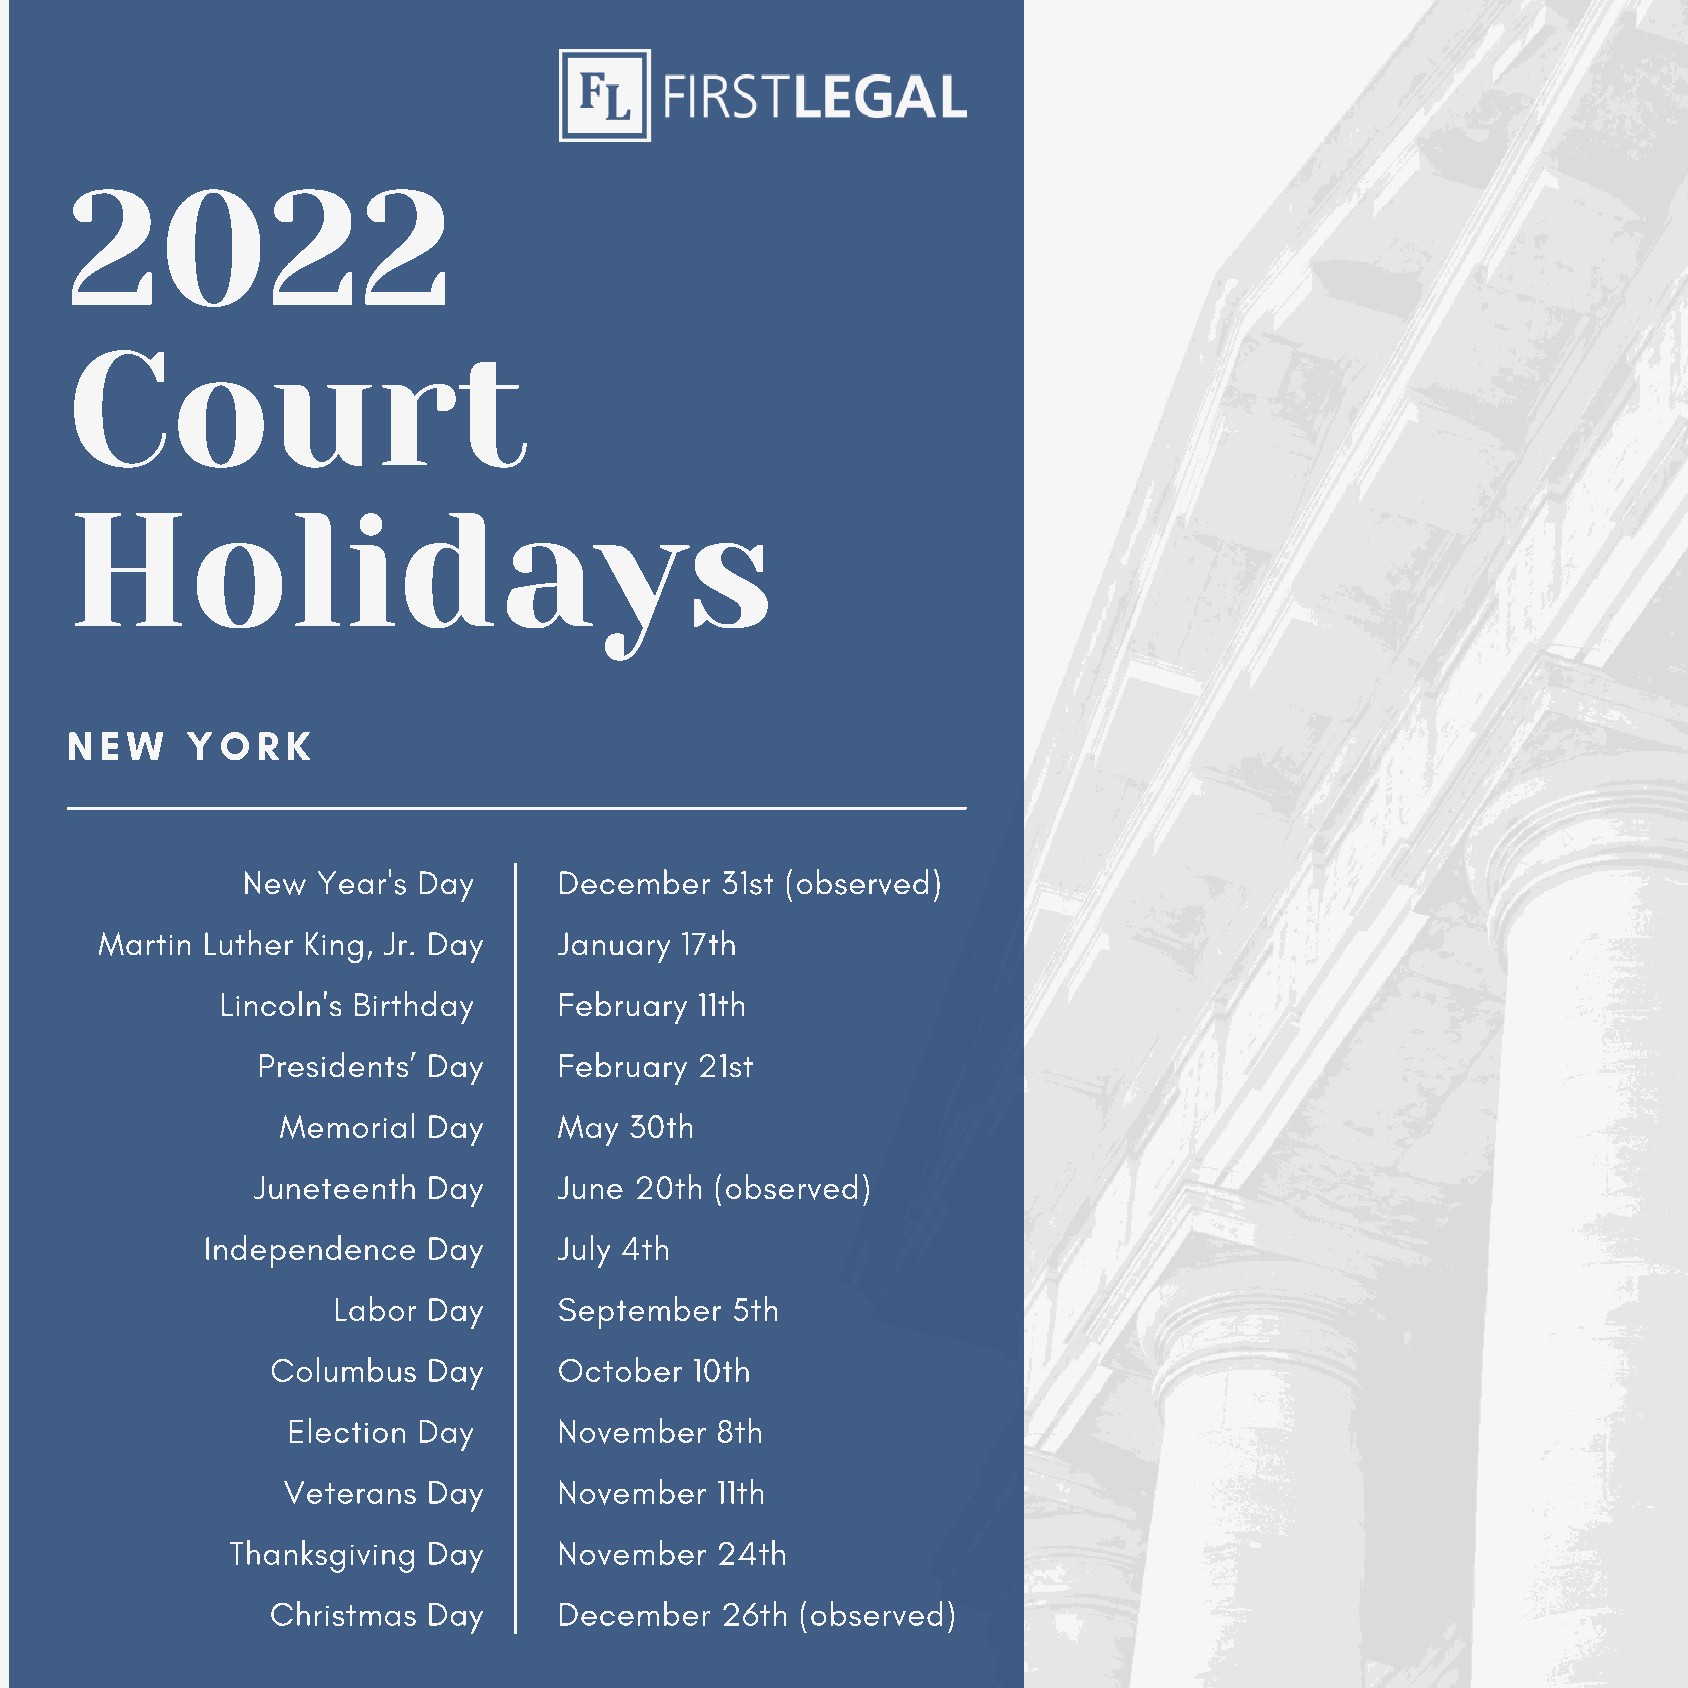
2022
 Court
 Holidays
 NEW     YORK
 New  Year's Day      December   31st (observed)
 Martin Luther King, Jr. Day    January 17th
 Lincoln's Birthday    February 11th
 Presidents’ Day     February 21st
 Memorial Day      May  30th
 Juneteenth Day      June 20th (observed)
 Independence  Day      July 4th
 Labor Day      September  5th
 Columbus  Day      October  10th
 Election Day      November  8th
 Veterans Day      November  11th
 Thanksgiving Day      November  24th
 Christmas Day      December   26th (observed)